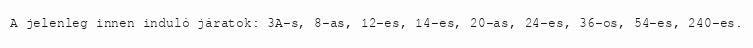
A jelenleg innen induló járatok: 3A-s, 8-as, 12-es, 14-es, 20-as, 24-es, 36-os, 54-es, 240-es.